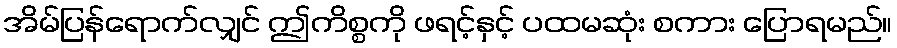
အိမ်ပြန်ရောက်လျှင် ဤကိစ္စကို ဖရင့်နှင့် ပထမဆုံး စကား ပြောရမည်။